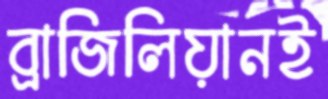
ব্রাজিলিয়ানই